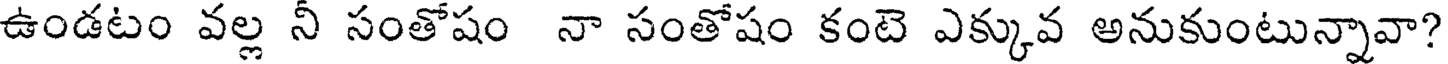
ఉండటం వల్ల నీ సంతోషం నా సంతోషం కంటె ఎక్కువ అనుకుంటున్నావా?